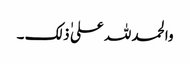
والحمد للہ علی ٰ ذلک ۔